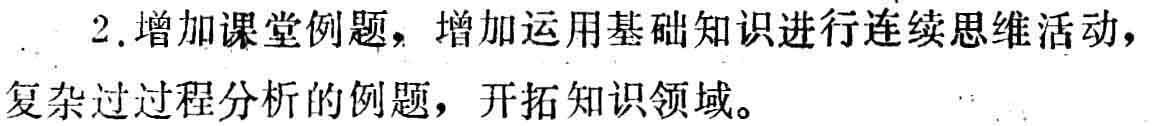
2. 增加课堂例题，增加运用基础知识进行连续思维活动，复杂过过程分析的例题，开拓知识领域。